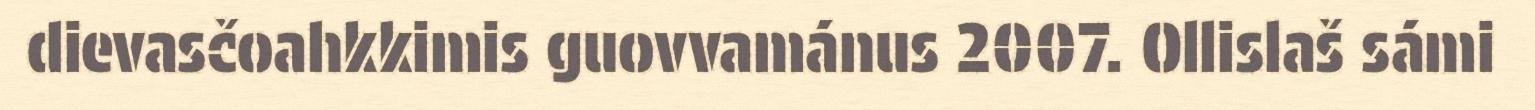
dievasčoahkkimis guovvamánus 2007. Ollislaš sámi